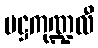
မဋ္ဌကုဏ္ဍလီ